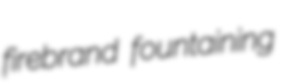
firebrand fountaining